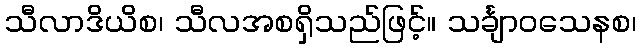
သီလာဒိယိစ၊ သီလအစရှိသည်ဖြင့်။ သင်္ချာဝသေနစ၊